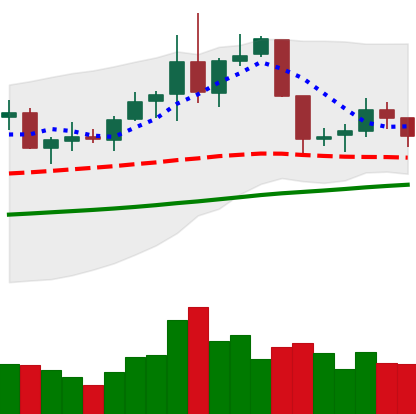
Ticker: NEO-USD
Chart end date: 2019-06-09
Forward return: 17.19%
Label: up_7plus